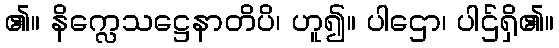
၏။ နိက္လေသဋ္ဌေနာတိပိ၊ ဟူ၍။ ပါဌော၊ ပါဌ်ရှိ၏။